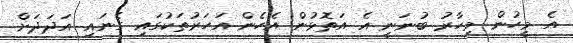
އެ މީހުން މިހާރު ބުނަނީ އެ އަތޮޅުން އެހެން އަހަރުތަކުގައި ގެނައި އަދަދަށް